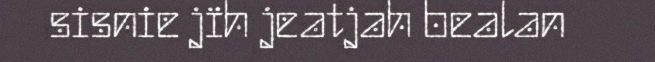
sisnie jïh jeatjah bealan